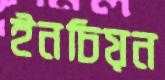
ইনচিয়ন